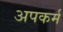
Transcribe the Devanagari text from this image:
अपकर्म